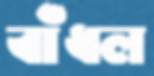
বাঁধল